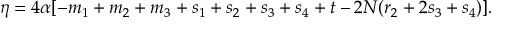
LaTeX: \eta = 4 \alpha [ - m _ { 1 } + m _ { 2 } + m _ { 3 } + s _ { 1 } + s _ { 2 } + s _ { 3 } + s _ { 4 } + t - 2 N ( r _ { 2 } + 2 s _ { 3 } + s _ { 4 } ) ] .